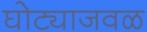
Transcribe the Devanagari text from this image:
घोट्याजवळ